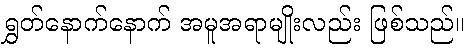
ရွှတ်နောက်နောက် အမူအရာမျိုးလည်း ဖြစ်သည်။